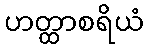
ဟတ္ထာစရိယံ